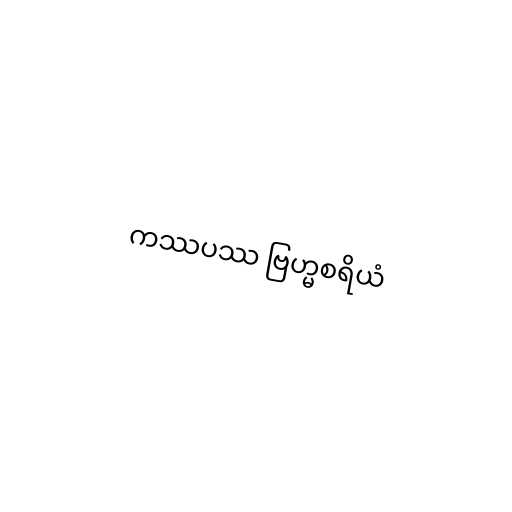
ကဿပဿ ဗြဟ္မစရိယံ